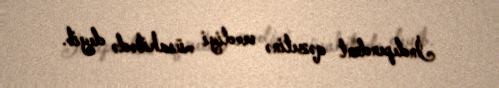
İndependent qəzetinə verdiyi müsahibədə deyib.